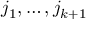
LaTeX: j _ { 1 } , \ldots , j _ { k + 1 }